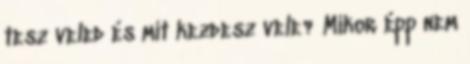
tesz veled és mit kezdesz vele? Mikor épp nem